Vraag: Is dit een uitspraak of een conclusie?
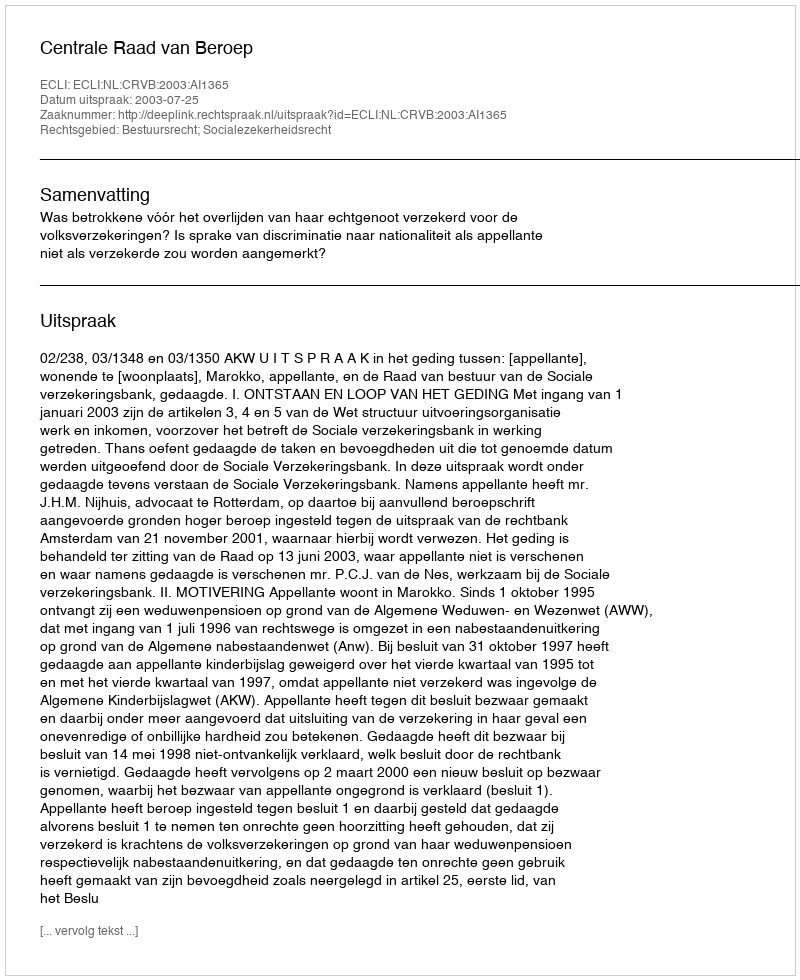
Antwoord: Uitspraak